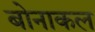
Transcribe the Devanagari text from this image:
बोनाकल